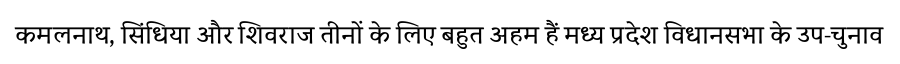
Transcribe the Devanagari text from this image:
कमलनाथ, सिंधिया और शिवराज तीनों के लिए बहुत अहम हैं मध्य प्रदेश विधानसभा के उप-चुनाव